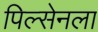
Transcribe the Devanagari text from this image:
पिल्सेनला